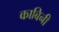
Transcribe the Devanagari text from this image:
काबिनी